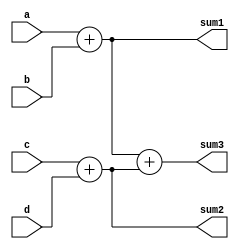
module adder_tree (a,b,c,d,sum1,sum2,sum3);

input [3:0]a,b;
input [7:0]c,d;             //Can declare them together as both have same number of bits.
output [4:0]sum1;
output [8:0]sum2;           //Cannot declare them together as both has different bit size.
output [9:0]sum3;

assign sum1 = a+b;
assign sum2 = c+d;
assign sum3 = sum1 + sum2;
    
endmodule